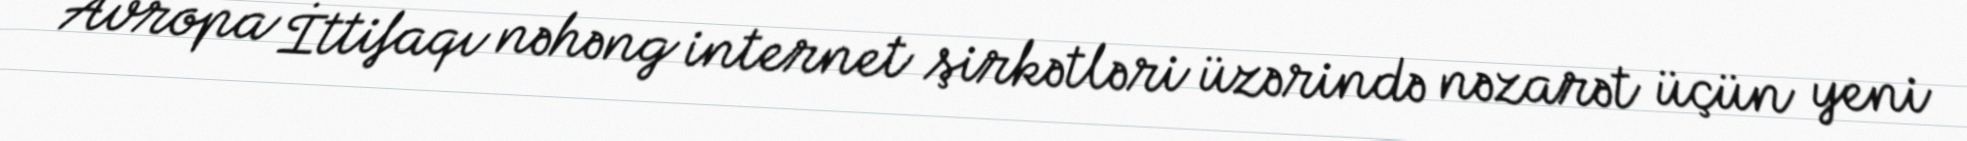
Avropa İttifaqı nəhəng internet şirkətləri üzərində nəzarət üçün yeni